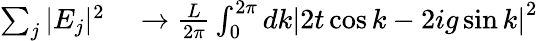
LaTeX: \begin{array}{rl}{\sum_{j}|E_{j}|^{2}}&{{}\to\frac{L}{2\pi}\int_{0}^{2\pi}dk\left|2t\cos k-2ig\sin k\right|^{2}}\end{array}